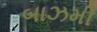
બાઝમી